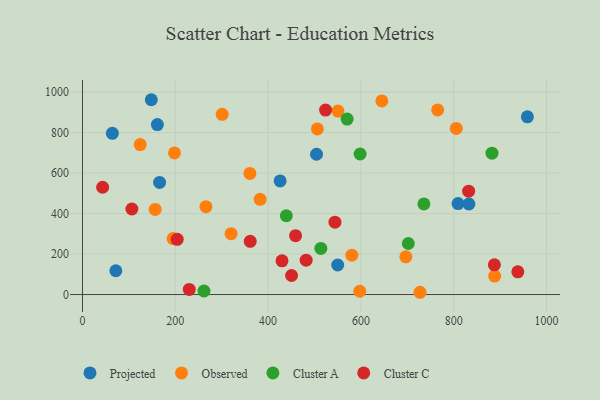
{"axis": {"x": "Experience", "y": "Exam Score"}, "legend": ["Cluster A", "Cluster C", "Observed", "Projected"], "data": [{"x": "809.4", "y": 449.2, "type": "Projected"}, {"x": "166.2", "y": 554.0, "type": "Projected"}, {"x": "958.8", "y": 877.6, "type": "Projected"}, {"x": "64.4", "y": 796.2, "type": "Projected"}, {"x": "425.9", "y": 561.4, "type": "Projected"}, {"x": "832.8", "y": 447.2, "type": "Projected"}, {"x": "161.4", "y": 839.5, "type": "Projected"}, {"x": "550.0", "y": 145.9, "type": "Projected"}, {"x": "71.9", "y": 117.5, "type": "Projected"}, {"x": "148.3", "y": 962.3, "type": "Projected"}, {"x": "504.4", "y": 693.0, "type": "Projected"}, {"x": "360.8", "y": 598.2, "type": "Observed"}, {"x": "124.4", "y": 740.6, "type": "Observed"}, {"x": "506.2", "y": 818.3, "type": "Observed"}, {"x": "727.4", "y": 11.2, "type": "Observed"}, {"x": "888.3", "y": 91.2, "type": "Observed"}, {"x": "301.0", "y": 890.1, "type": "Observed"}, {"x": "696.9", "y": 186.5, "type": "Observed"}, {"x": "580.5", "y": 194.3, "type": "Observed"}, {"x": "156.7", "y": 420.2, "type": "Observed"}, {"x": "645.2", "y": 956.6, "type": "Observed"}, {"x": "597.5", "y": 16.2, "type": "Observed"}, {"x": "198.3", "y": 699.6, "type": "Observed"}, {"x": "765.5", "y": 911.7, "type": "Observed"}, {"x": "805.6", "y": 820.6, "type": "Observed"}, {"x": "382.9", "y": 470.3, "type": "Observed"}, {"x": "550.5", "y": 906.3, "type": "Observed"}, {"x": "195.2", "y": 276.6, "type": "Observed"}, {"x": "320.2", "y": 300.9, "type": "Observed"}, {"x": "266.0", "y": 434.2, "type": "Observed"}, {"x": "513.7", "y": 227.8, "type": "Cluster A"}, {"x": "439.3", "y": 389.1, "type": "Cluster A"}, {"x": "598.3", "y": 694.3, "type": "Cluster A"}, {"x": "570.3", "y": 866.6, "type": "Cluster A"}, {"x": "261.8", "y": 17.6, "type": "Cluster A"}, {"x": "882.5", "y": 698.1, "type": "Cluster A"}, {"x": "735.8", "y": 447.7, "type": "Cluster A"}, {"x": "702.2", "y": 252.2, "type": "Cluster A"}, {"x": "523.9", "y": 911.2, "type": "Cluster C"}, {"x": "459.2", "y": 290.8, "type": "Cluster C"}, {"x": "450.6", "y": 94.0, "type": "Cluster C"}, {"x": "204.2", "y": 272.7, "type": "Cluster C"}, {"x": "482.0", "y": 169.7, "type": "Cluster C"}, {"x": "230.1", "y": 25.5, "type": "Cluster C"}, {"x": "43.4", "y": 530.0, "type": "Cluster C"}, {"x": "430.0", "y": 166.5, "type": "Cluster C"}, {"x": "361.5", "y": 262.9, "type": "Cluster C"}, {"x": "887.7", "y": 146.6, "type": "Cluster C"}, {"x": "832.2", "y": 510.4, "type": "Cluster C"}, {"x": "544.1", "y": 357.6, "type": "Cluster C"}, {"x": "106.4", "y": 422.5, "type": "Cluster C"}, {"x": "938.2", "y": 112.3, "type": "Cluster C"}]}